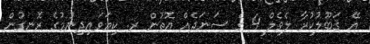
އޭ ޤަބޫލުކުރާ ލެވެލް 4 ގެ ސަނަދެއް އޮތުން ރ. ކިޔަވައިދިނުމުގެ ރޮނގުން